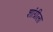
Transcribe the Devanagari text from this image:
शांग्रीला